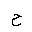
Letter: _ha